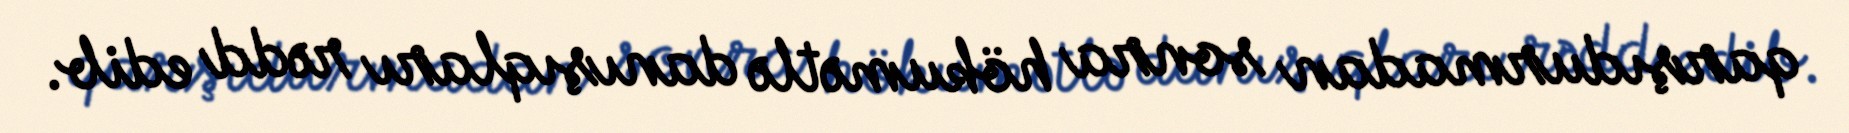
qarşıdurmadan sonra hökumətlə danışıqları rədd edib.